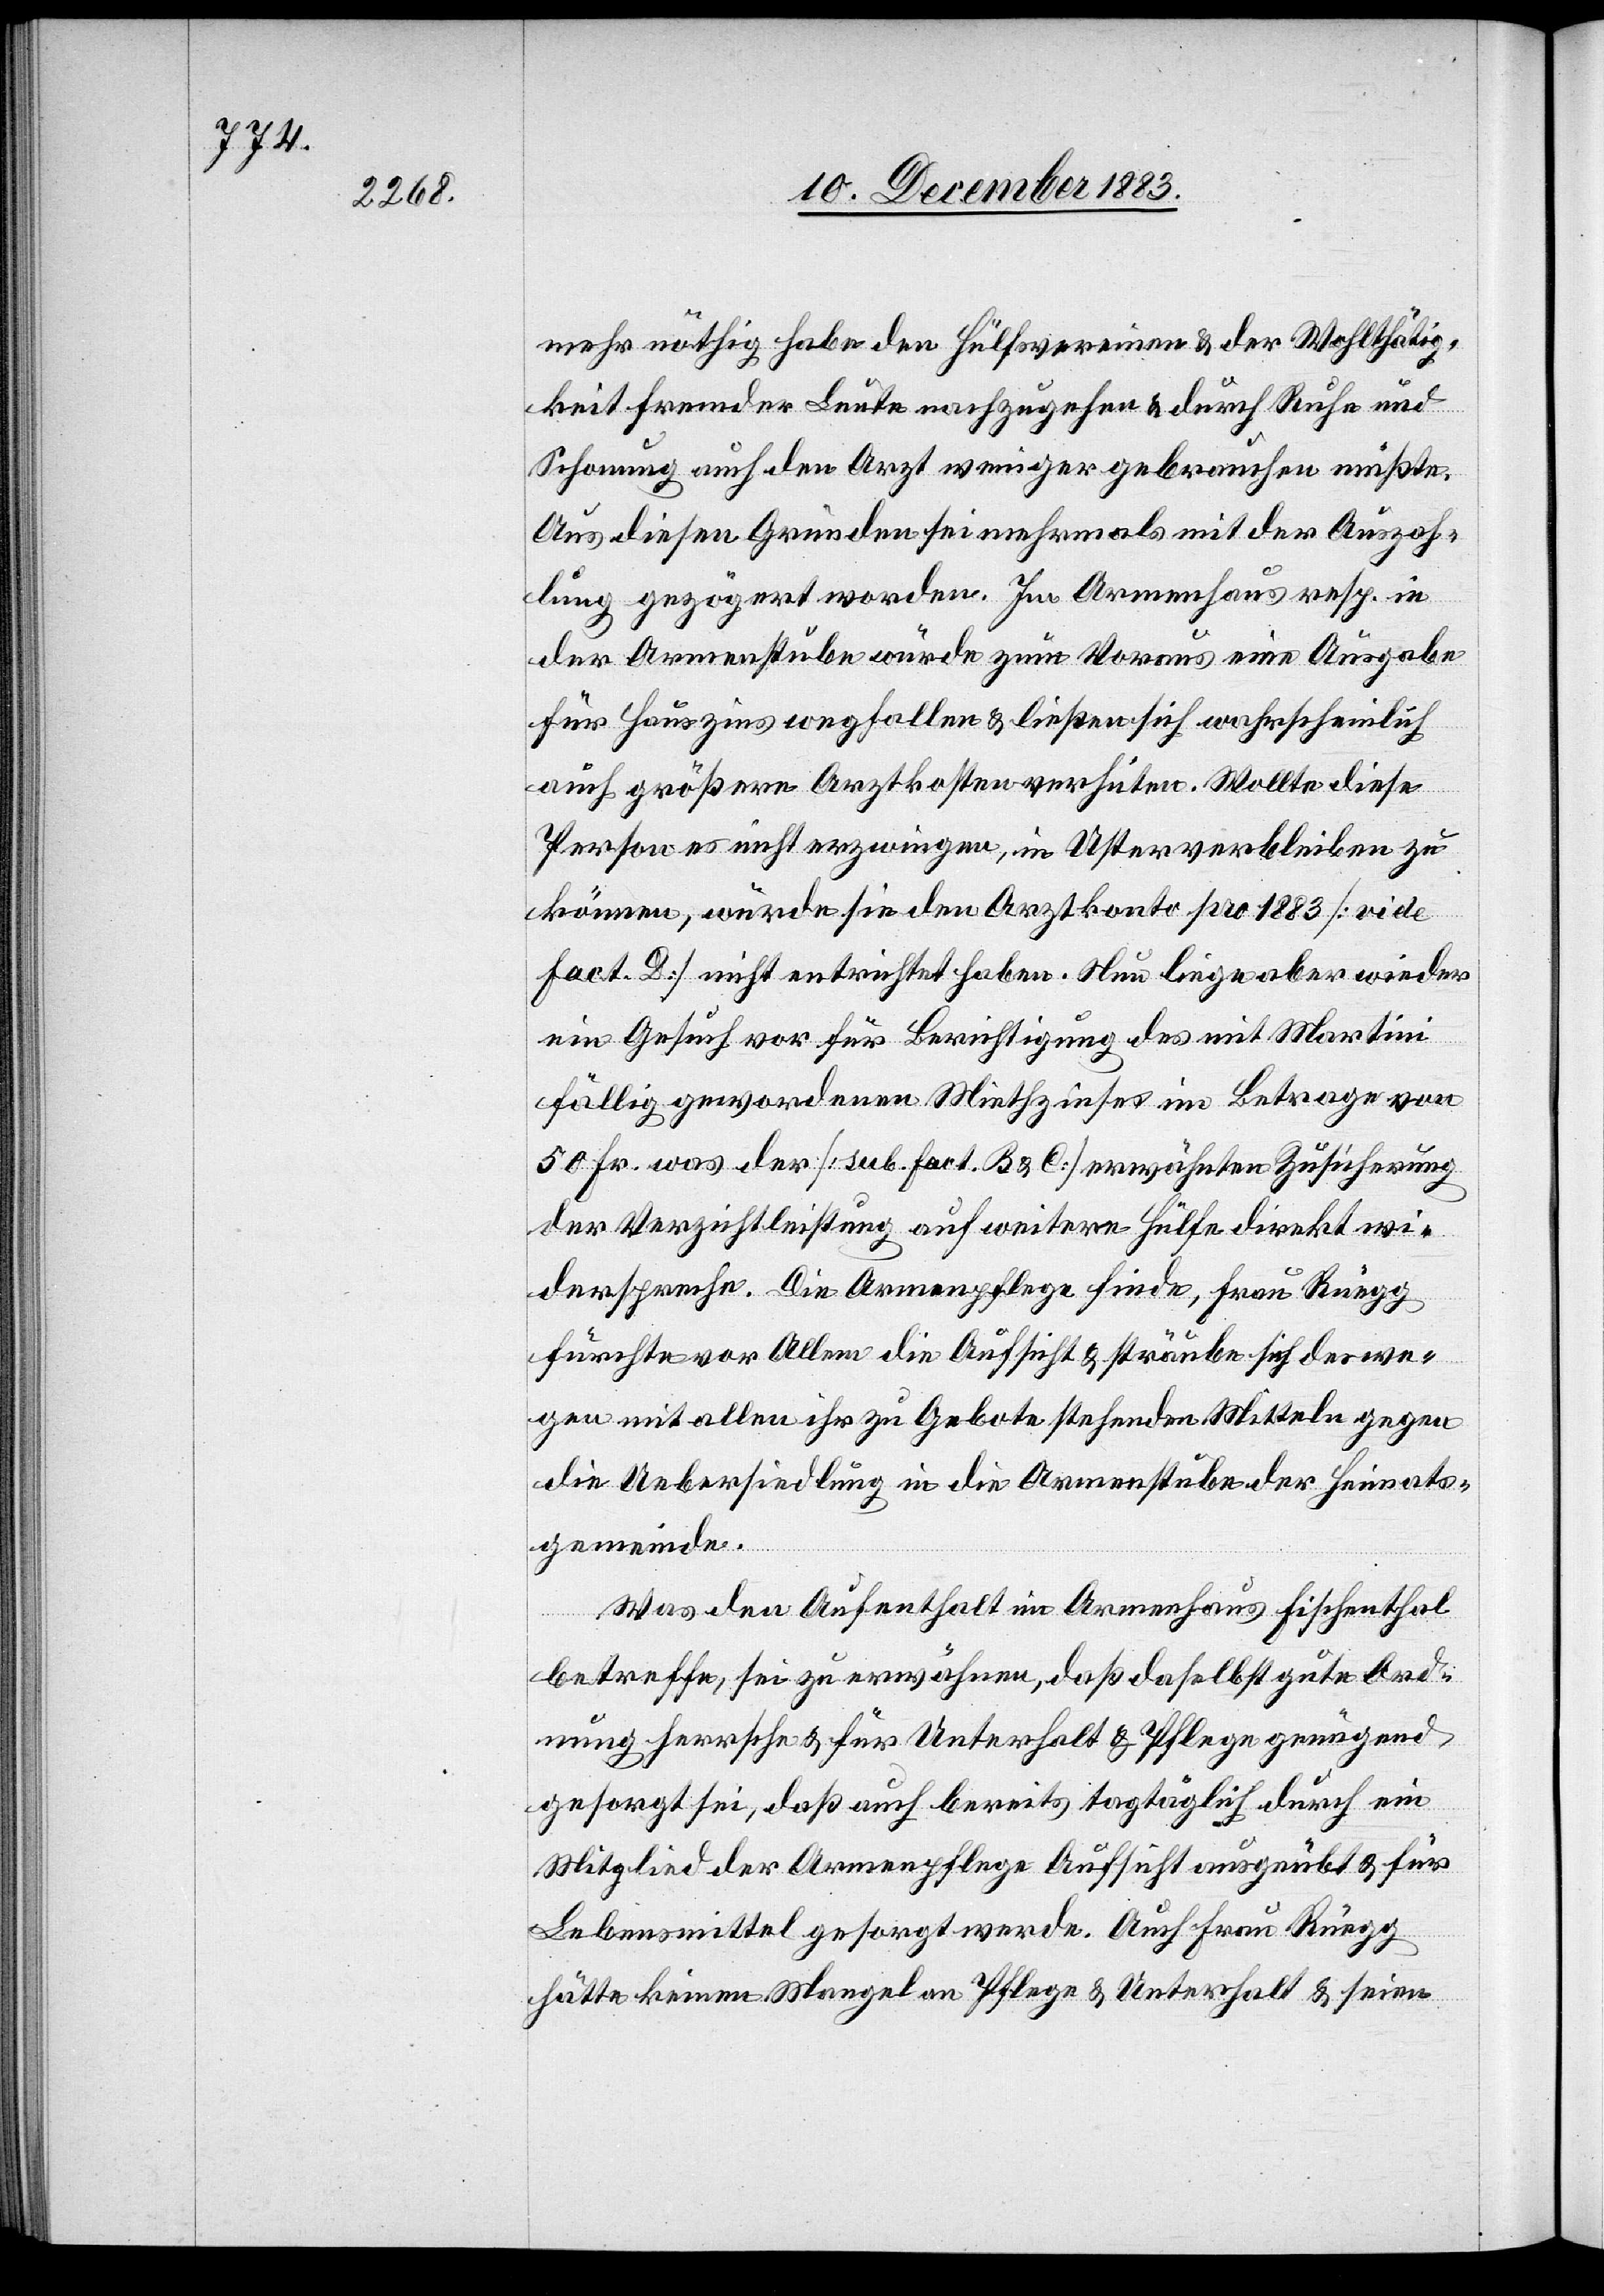
mehr nöthig habe den Hülfsvereinen & der Wohlthätig¬
keit fremder Leute nachzugehen & durch Ruhe und
Schonung auch den Arzt weniger gebrauchen müßte.
Aus diesen Gründen sei mehrmals mit der Auszah¬
lung gezögert worden. Im Armenhaus resp. in
der Armenstube würde zum Voraus eine Ausgabe
für Hauszins wegfallen & ließen sich wahrscheinlich
auch größere Arztkosten verhüten. Wollte diese
Person es nicht erzwingen, in Uster verbleiben zu
können, würde sie den Arztkonto pro 1883 [vide
Fact. D] nicht entrichtet haben. Neu liege aber wieder
ein Gesuch vor für Berichtigung des mit Martini
fällig gewordenen Miethzinses im Betrage von
50 Fr. was der [sub. Fact. B & C] erwähnten Zusicherung
der Verzichtleistung auf weitere Hülfe direkt wi¬
derspreche. Die Armenpflege finde, Frau Rüegg
fürchte vor Allem die Aufsicht & sträube sich deswe¬
gen mit allen ihr zu Gebote stehenden Mitteln gegen
die Uebersiedlung in die Armenstube der Heimats¬
gemeinde.
Was den Aufenthalt im Armenhaus Fischenthal
betreffe, sei zu erwähnen, daß daselbst gute Ord¬
nung herrsche & für Unterhalt & Pflege genügen
gesorgt sei, daß auch bereits tagtäglich durch ein
Mitglied der Armenpflege Aufsicht ausgeübt & für
Lebensmittel gesorgt werde. Auch Frau Rüegg
hätte keinen Mangel an Pflege & Unterhalt & seien